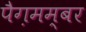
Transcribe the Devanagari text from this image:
पैग़मम्बर